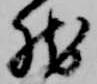
然